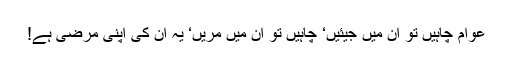
عوام چاہیں تو ان میں جیئیں‘ چاہیں تو ان میں مریں‘ یہ ان کی اپنی مرضی ہے!